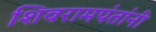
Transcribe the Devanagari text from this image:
शिवरामपंतांनी